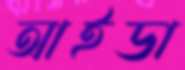
আইডা